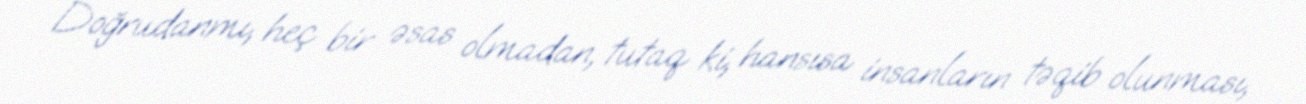
Doğrudanmı, heç bir əsas olmadan, tutaq ki, hansısa insanların təqib olunması,